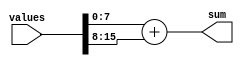
// Compute a sum of multiple values
// The sum computations are parallelized

`timescale 1ns / 1ps

module multi_sum
#(
	parameter VALUE_WIDTH = 8,
	parameter VALUE_COUNT = 2,
	parameter SUM_WIDTH = 9
)
(
    input [VALUE_WIDTH * VALUE_COUNT - 1:0] values,
    output [SUM_WIDTH - 1:0] sum
);

   function integer log2;
      input integer number;
      begin
         log2=0;
         while(2**log2<number) begin
            log2=log2+1;
         end
      end
   endfunction
	
	function integer sum_count;
		input integer count;
		input integer level;
		begin
			if (count % (2 ** level) > 0) begin
				sum_count = count / (2 ** level) + 1;
			end else begin
				sum_count = count / (2 ** level);
			end
		end
	endfunction

	wire [SUM_WIDTH-1:0] sum_tmp [0:VALUE_COUNT-1][0:VALUE_COUNT-1];
	
	// 2 input adders
	generate
		genvar j, k;
		for (j = 0; j <= log2(VALUE_COUNT); j = j + 1) begin : add_level
			// 1 level of adders (simultaneous computation)
			for (k = 0; k < sum_count(VALUE_COUNT, j); k = k + 1) begin : add_item
				// 1 adder
				if (j == 0)
					assign sum_tmp[0][k] = values[k * VALUE_WIDTH + VALUE_WIDTH - 1: k * VALUE_WIDTH];
				else if (2 * k + 1 < sum_count(VALUE_COUNT, j-1))
					assign sum_tmp[j][k] = sum_tmp[j-1][2 * k] + sum_tmp[j-1][2 * k + 1];
				else
					assign sum_tmp[j][k] = sum_tmp[j-1][2 * k];
			end
		end
	endgenerate
	
	// Final value to output
	assign sum = sum_tmp[log2(VALUE_COUNT)][0];
endmodule